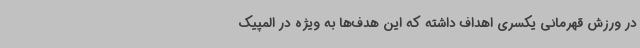
در ورزش قهرمانی یکسری اهداف داشته که این هدف‌ها به ویژه در المپیک